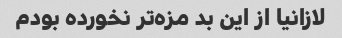
لازانیا از این بد مزه‌تر نخورده بودم